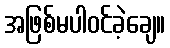
အဖြစ်မပါဝင်ခဲ့ချေ။